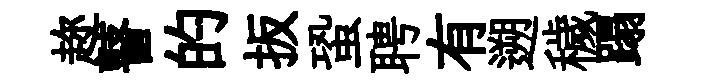
趂瞽的扳蛩聘有遡穢蹋